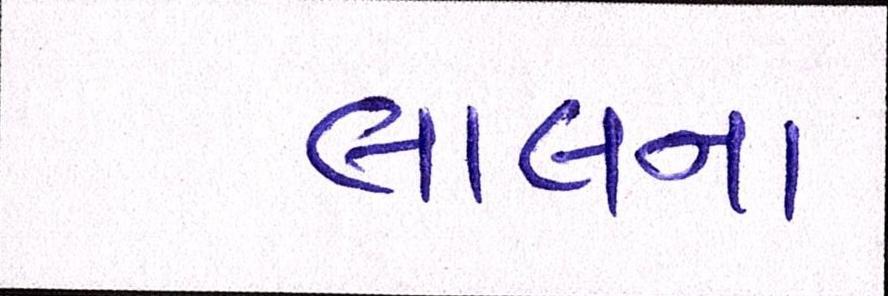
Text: લાલના